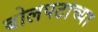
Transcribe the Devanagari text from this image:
बोलपटाच्या